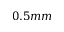
0 . 5 m m